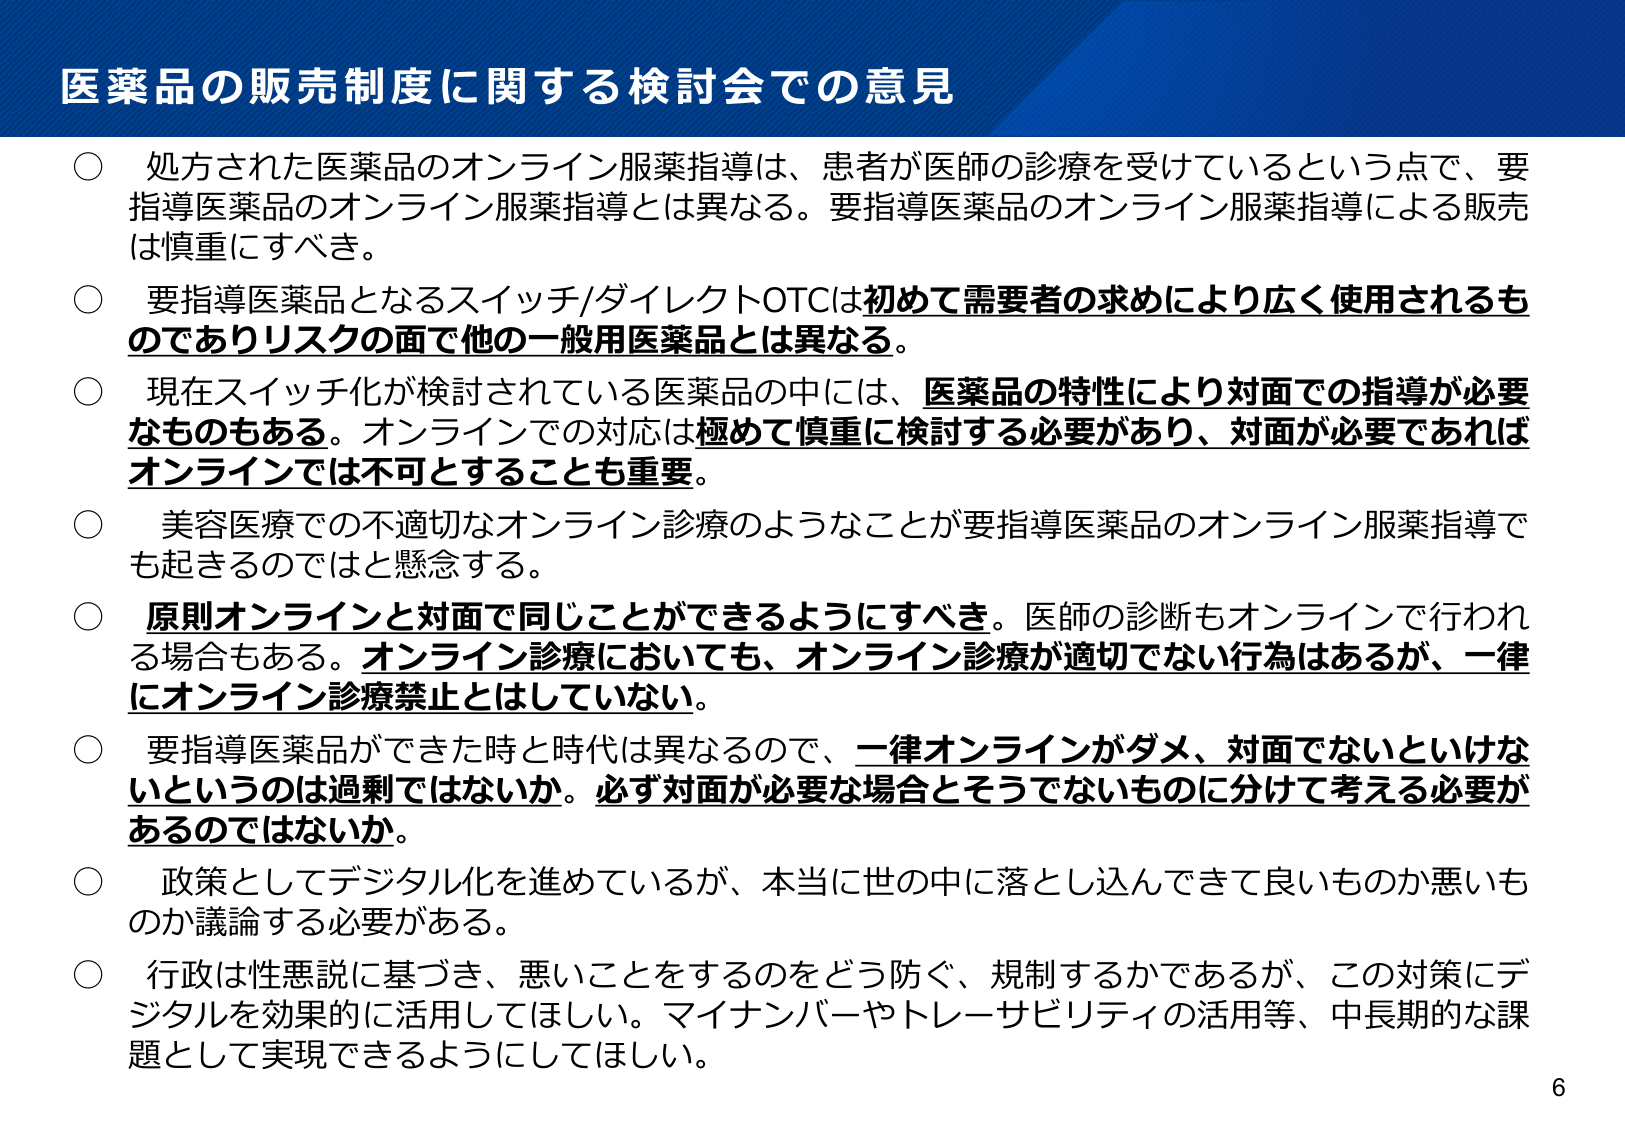
医薬品の販売制度に関する検討会での意見

○ 処方された医薬品のオンライン服薬指導は、患者が医師の診療を受けているという点で、要指導医薬品のオンライン服薬指導とは異なる。要指導医薬品のオンライン服薬指導による販売は慎重にすべき。

○ 要指導医薬品となるスイッチ/ダイレクトOTCは初めて需要者の求めにより広く使用されるものでありリスクの面で他の一般用医薬品とは異なる。

○ 現在スイッチ化が検討されている医薬品の中には、医薬品の特性により対面での指導が必要なものもある。オンラインでの対応は極めて慎重に検討する必要があり、対面が必要であればオンラインでは不可とすることも重要。

○ 美容医療での不適切なオンライン診療のようなことが要指導医薬品のオンライン服薬指導でも起きるのではと懸念する。

○ 原則オンラインと対面で同じことができるようにすべき。医師の診断もオンラインで行われる場合もある。オンライン診療においても、オンライン診療が適切でない行為はあるが、一律にオンライン診療禁止とはしていない。

○ 要指導医薬品ができた時と時代は異なるので、一律オンラインがダメ、対面でないといけないというのは過剰ではないか。必ず対面が必要な場合とそうでないものに分けて考える必要があるのではないか。

○ 政策としてデジタル化を進めているが、本当に世の中に落とし込んできて良いものか悪いものか議論する必要がある。

○ 行政は性悪説に基づき、悪いことをするのをどう防ぐ、規制するかであるが、この対策にデジタルを効果的に活用してほしい。マイナンバーやトレーサビリティの活用等、中長期的な課題として実現できるようにしてほしい。

6